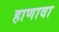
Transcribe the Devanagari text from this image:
हाणावा